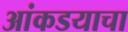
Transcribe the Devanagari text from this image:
आंकडयाचा